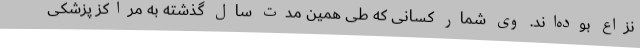
نزاع بوده‌اند. وی شمار کسانی که طی همین مدت سال گذشته به مراکز پزشکی